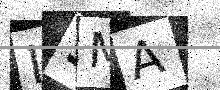
Text: ISMA